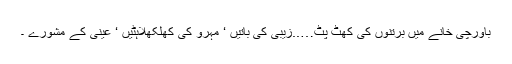
باورچی خانے میں برتنوں کی کھٹ پٹ…..زیبی کی باتیں ‘ مہرو کی کھلکھلاہٹیں ‘ عینی کے مشورے ۔